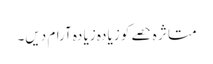
متا ثر ہ حصے کو زیا دہ زیا دہ آرام دیں۔